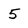
Character: 5